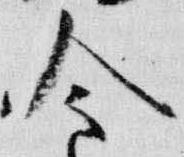
今